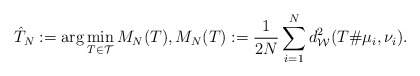
\begin{align*}{} \hat{T}_N:=\arg\min_{T \in \mathcal{T}} M_N(T), M_N(T):= \frac{1}{2N} \sum_{i=1}^N d^2_{\mathcal{W}}(T\# \mu_i,\nu_i).\end{align*}